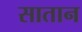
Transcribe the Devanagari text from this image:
सातान